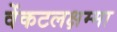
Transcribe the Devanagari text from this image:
वेंकटलक्षम्मा